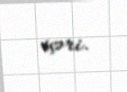
içəri.